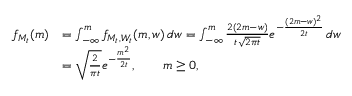
{ \begin{array} { r l } { f _ { M _ { t } } ( m ) } & { = \int _ { - \infty } ^ { m } f _ { M _ { t } , W _ { t } } ( m , w ) \, d w = \int _ { - \infty } ^ { m } { \frac { 2 ( 2 m - w ) } { t { \sqrt { 2 \pi t } } } } e ^ { - { \frac { ( 2 m - w ) ^ { 2 } } { 2 t } } } \, d w } \\ & { = { \sqrt { \frac { 2 } { \pi t } } } e ^ { - { \frac { m ^ { 2 } } { 2 t } } } , \qquad m \geq 0 , } \end{array} }